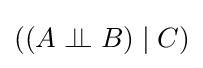
((A\perp \!\!\!\perp B)\mid C)